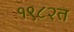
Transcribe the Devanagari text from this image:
१९८२त